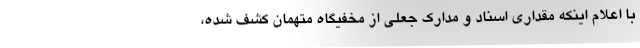
با اعلام اینکه مقداری اسناد و مدارک جعلی از مخفیگاه متهمان کشف شده،